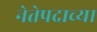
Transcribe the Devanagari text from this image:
नेतेपदाच्या